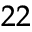
^ { 2 2 }